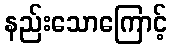
နည်းသောကြောင့်